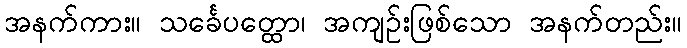
အနက်ကား။ သင်္ခေပတ္ထော၊ အကျဉ်းဖြစ်သော အနက်တည်း။